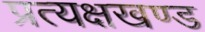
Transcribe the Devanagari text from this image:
प्रत्यक्षखण्ड